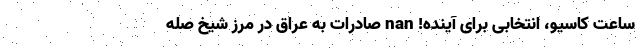
ساعت کاسیو، انتخابی برای آینده! nan صادرات به عراق در مرز شیخ صله